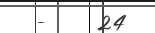
-     24